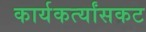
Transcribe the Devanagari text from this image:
कार्यकर्त्यांसकट